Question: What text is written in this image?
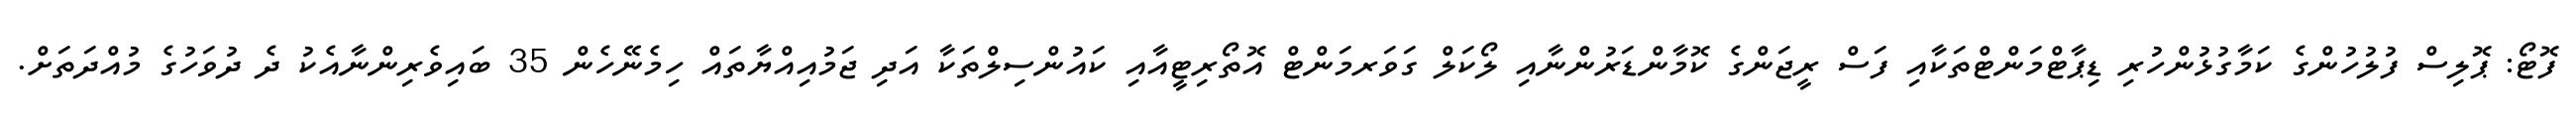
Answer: ފޮޓޯ: ޕޮލިސް ފުލުހުންގެ ކަމާގުޅުންހުރި ޑިޕާޓްމަންޓްތަކާއި ފަސް ރީޖަންގެ ކޮމާންޑަރުންނާއި ލޯކަލް ގަވަރމަންޓް އޮތޯރިޓީއާއި ކައުންސިލްތަކާ އަދި ޖަމުއިއްޔާތައް ހިމެނޭހެން 35 ބައިވެރިންނާއެކު ދެ ދުވަހުގެ މުއްދަތަށް.